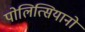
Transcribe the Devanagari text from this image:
पोलित्सियानो